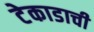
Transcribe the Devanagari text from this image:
टेकाडाची